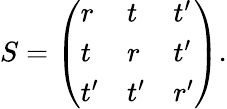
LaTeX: S=\left(\begin{array}{lll}{r}&{t}&{t^{\prime}}\\ {t}&{r}&{t^{\prime}}\\ {t^{\prime}}&{t^{\prime}}&{r^{\prime}}\end{array}\right).